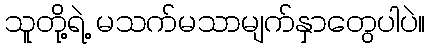
သူတို့ရဲ့ မသက်မသာမျက်နှာတွေပါပဲ။